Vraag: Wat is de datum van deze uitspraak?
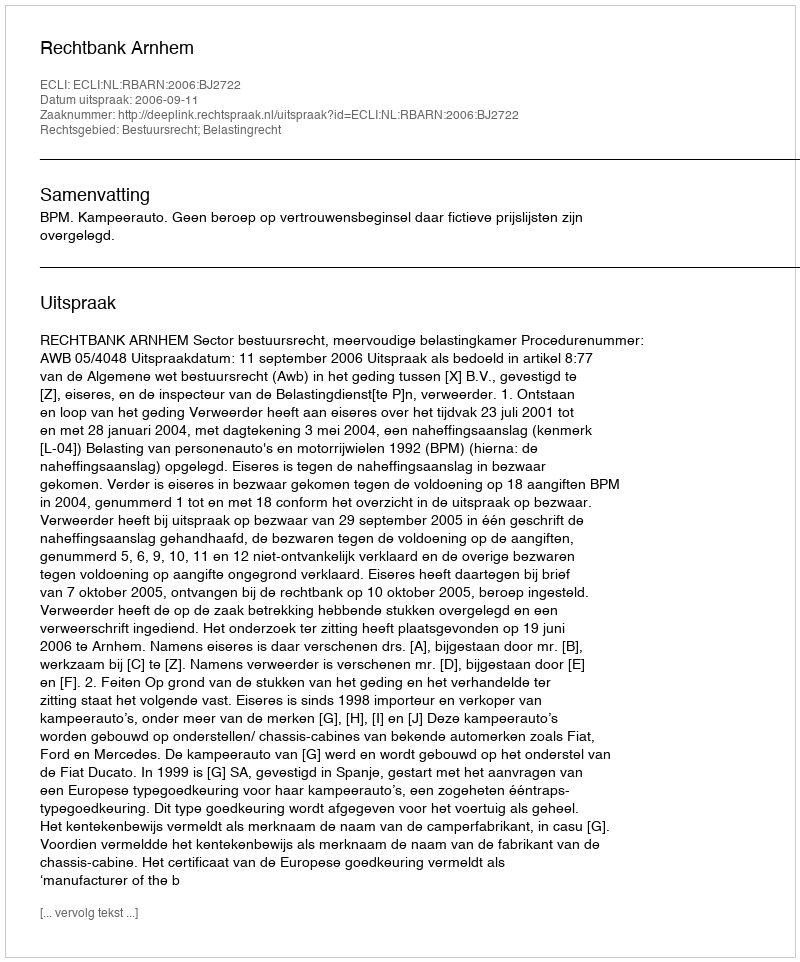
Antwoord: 2006-09-11